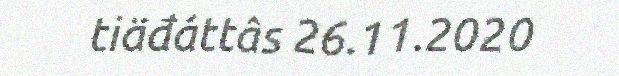
tiäđáttâs 26.11.2020